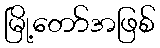
မြို့တော်အဖြစ်